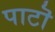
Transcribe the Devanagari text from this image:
पाटॊ